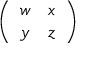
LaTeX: \left( \begin{array} { l l } { { w } } & { { x } } \\ { { y } } & { { z } } \end{array} \right)